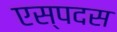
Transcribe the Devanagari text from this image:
एस्पदस